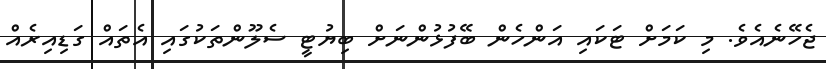
ޖެހޭނެއެވެ. މި ކަމަށް ޓަކައި އަންހެން ބޭފުޅުންނަށް ބިޔުޓީ ސެލޫންތަކުގައި އެތައް ގަޑިއިރެއް